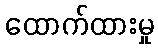
ထောက်ထားမှု